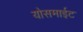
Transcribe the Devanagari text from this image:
योसमाईट